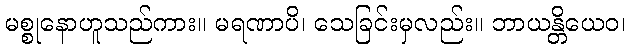
မစ္စုနောဟူသည်ကား။ မရဏာပိ၊ သေခြင်းမှလည်း။ ဘာယန္တိယေဝ၊